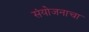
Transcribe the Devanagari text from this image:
संयोजनाचा